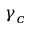
\gamma _ { c }